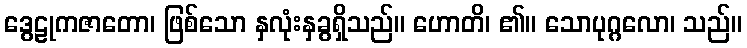
ဒွေဠုကဇာတော၊ ဖြစ်သော နှလုံးနှခွရှိသည်။ ဟောတိ၊ ၏။ သောပုဂ္ဂလော၊ သည်။